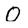
Character: O